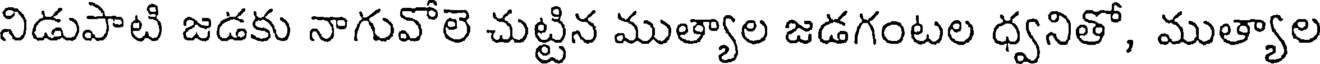
నిడుపాటి జడకు నాగువోలె చుట్టిన ముత్యాల జడగంటల ధ్వనితో, ముత్యాల